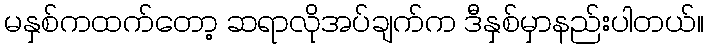
မနှစ်ကထက်တော့ ဆရာလိုအပ်ချက်က ဒီနှစ်မှာနည်းပါတယ်။